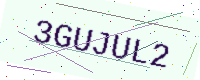
Text: 3GUJUL2